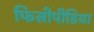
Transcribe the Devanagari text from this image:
फिसीपीडिया